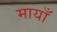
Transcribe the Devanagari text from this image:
मायाँ